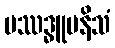
ပဿဒ္ဓူပနိသံ